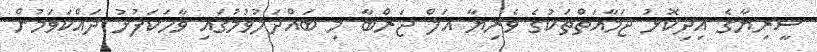
ސީރިޔާގެ އިދިކޮޅު ޖަމާއަތްތަކުގެ ވެރިޔާ އަލް ޖަރްބާ މި ބައްދަލުވުމުގައި ވާހަކަފުޅު ދައްކަވަމުން